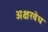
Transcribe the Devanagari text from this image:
अक्षरवेध